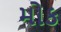
મોક